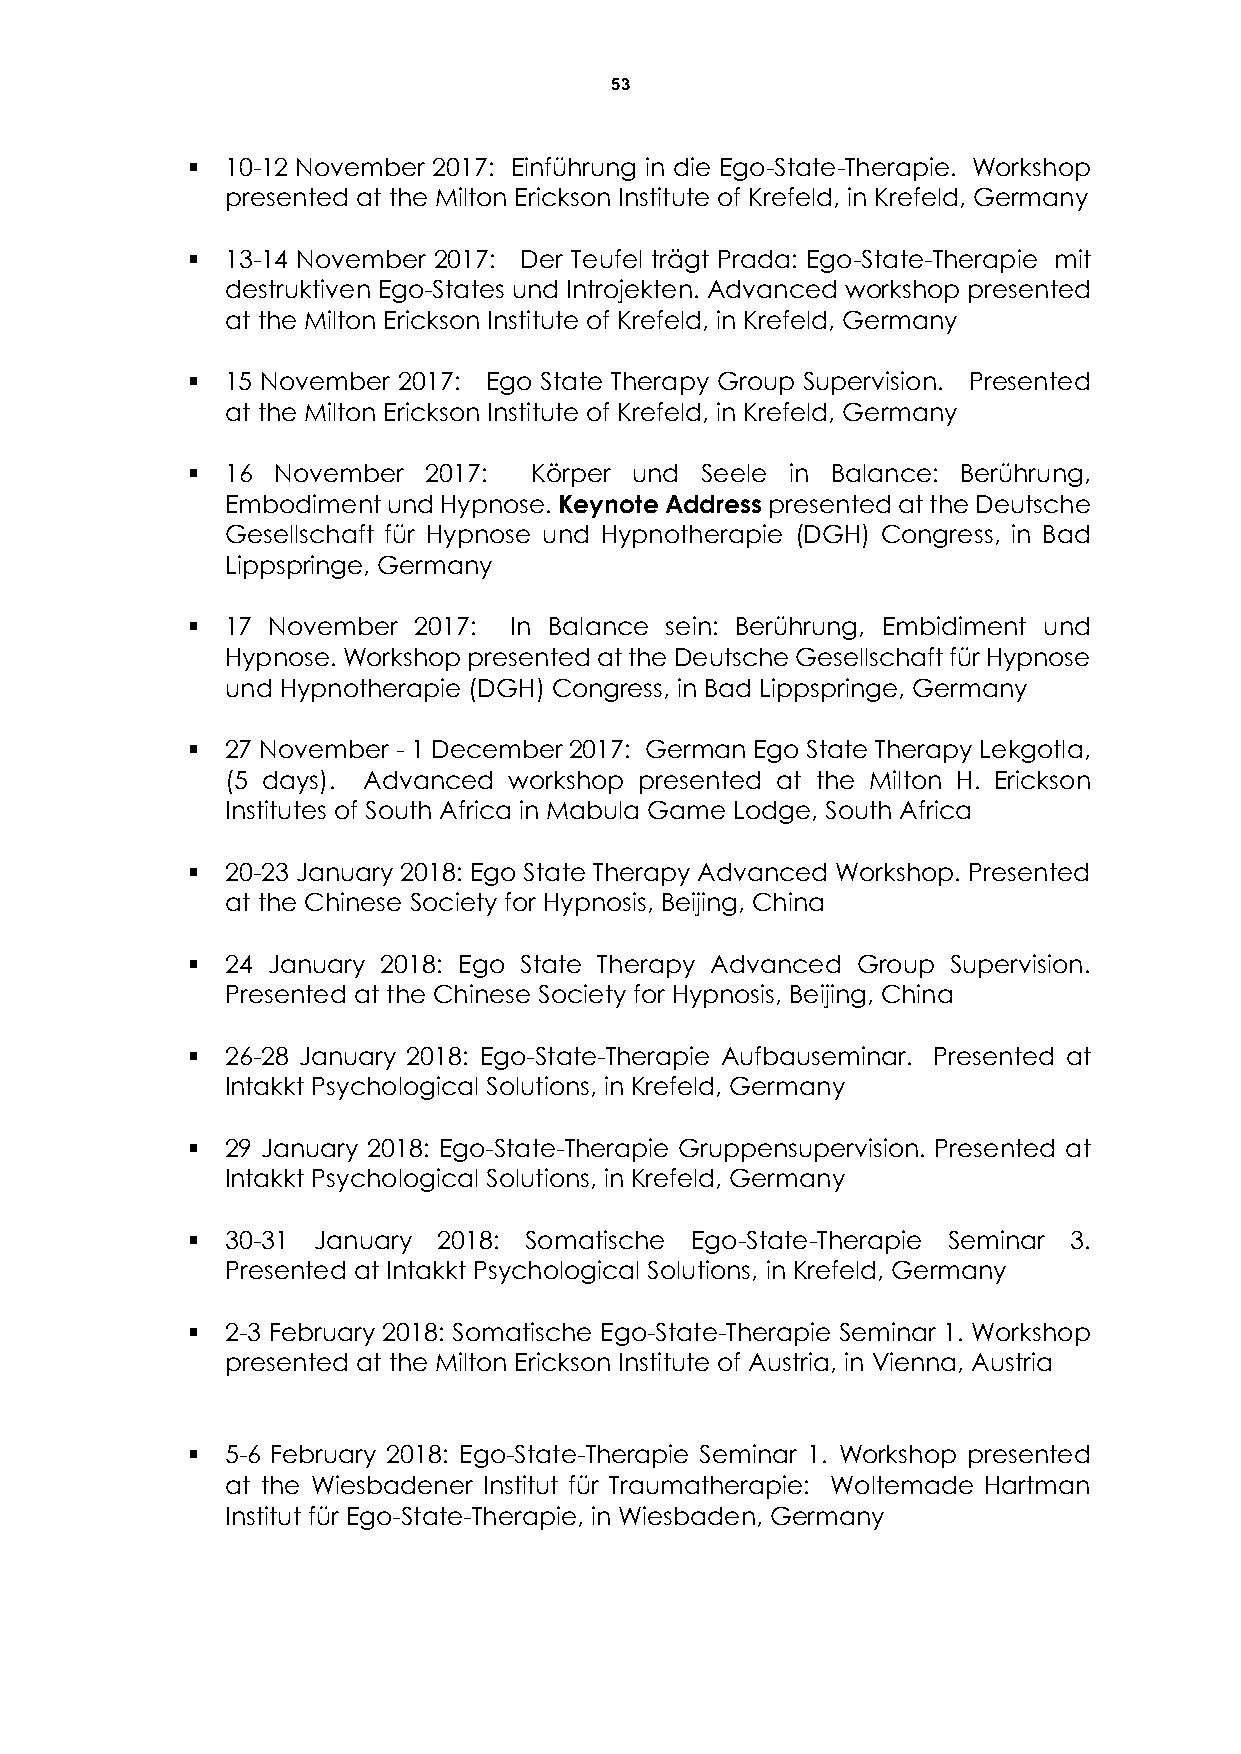
53
   10-12 November 2017: Einführung in die Ego-State-Therapie. Workshop
 presented at the Milton Erickson Institute of Krefeld, in Krefeld, Germany
   13-14 November 2017: Der Teufel trägt Prada: Ego-State-Therapie mit
 destruktiven Ego-States und Introjekten. Advanced workshop presented
 at the Milton Erickson Institute of Krefeld, in Krefeld, Germany
   15 November 2017: Ego State Therapy Group Supervision. Presented
 at the Milton Erickson Institute of Krefeld, in Krefeld, Germany
   16 November  2017:  Körper und Seele in Balance: Berührung,
 Embodiment und Hypnose. Keynote Address presented at the Deutsche
 Gesellschaft für Hypnose und Hypnotherapie (DGH) Congress, in Bad
 Lippspringe, Germany
   17 November 2017:  In Balance sein: Berührung, Embidiment und
 Hypnose. Workshop presented at the Deutsche Gesellschaft für Hypnose
 und Hypnotherapie (DGH) Congress, in Bad Lippspringe, Germany
   27 November - 1 December 2017: German Ego State Therapy Lekgotla,
 (5 days). Advanced workshop presented at the Milton H. Erickson
 Institutes of South Africa in Mabula Game Lodge, South Africa
   20-23 January 2018: Ego State Therapy Advanced Workshop. Presented
 at the Chinese Society for Hypnosis, Beijing, China
   24 January 2018: Ego State Therapy Advanced Group Supervision.
 Presented at the Chinese Society for Hypnosis, Beijing, China
   26-28 January 2018: Ego-State-Therapie Aufbauseminar. Presented at
 Intakkt Psychological Solutions, in Krefeld, Germany
   29 January 2018: Ego-State-Therapie Gruppensupervision. Presented at
 Intakkt Psychological Solutions, in Krefeld, Germany
   30-31 January 2018: Somatische Ego-State-Therapie Seminar 3.
 Presented at Intakkt Psychological Solutions, in Krefeld, Germany
   2-3 February 2018: Somatische Ego-State-Therapie Seminar 1. Workshop
 presented at the Milton Erickson Institute of Austria, in Vienna, Austria
   5-6 February 2018: Ego-State-Therapie Seminar 1. Workshop presented
 at the Wiesbadener Institut für Traumatherapie: Woltemade Hartman
 Institut für Ego-State-Therapie, in Wiesbaden, Germany